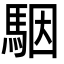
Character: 駰